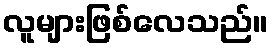
လူများဖြစ်လေသည်။